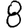
Digit: 8